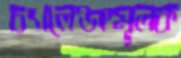
চ্যালেঞ্জমূলক